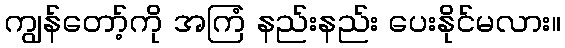
ကျွန်တော့်ကို အကြံ နည်းနည်း ပေးနိုင်မလား။